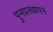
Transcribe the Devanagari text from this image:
पुनप्रस्थापन